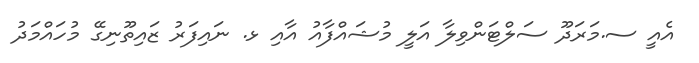
އެއީ ސ.މަރަދޫ ސަލްޓަންވިލާ އަލީ މުޝައްފާއު އާއި ޅ. ނައިފަރު ޒައިތޫނިގޭ މުހައްމަދު